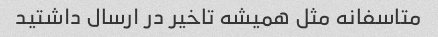
متاسفانه مثل همیشه تاخیر در ارسال داشتید